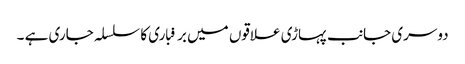
دوسری جانب پہاڑی علاقوں میں برفباری کا سلسلہ جاری ہے ۔